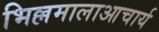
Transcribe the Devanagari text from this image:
भिल्लमालाआचार्य